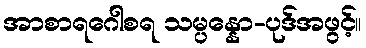
အာစာရဂေါစရ သမ္ပန္နော-ပုဒ်အဖွင့်။